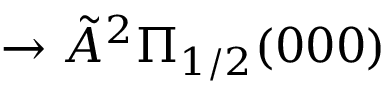
{ } \rightarrow { } \tilde { A } { } ^ { 2 } \Pi _ { 1 / 2 } ( 0 0 0 )